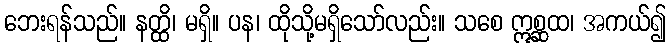
ဘေးရန်သည်။ နတ္ထိ၊ မရှိ။ ပန၊ ထိုသို့မရှိသော်လည်း။ သစေ ဣစ္ဆထ၊ အကယ်၍